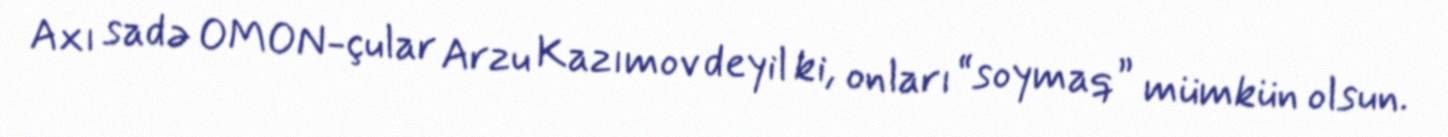
Axı sadə OMON-çular Arzu Kazımov deyil ki, onları “soymaq” mümkün olsun.